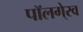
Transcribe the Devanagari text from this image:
पॉलगे्रव